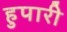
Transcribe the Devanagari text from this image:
हुपारी